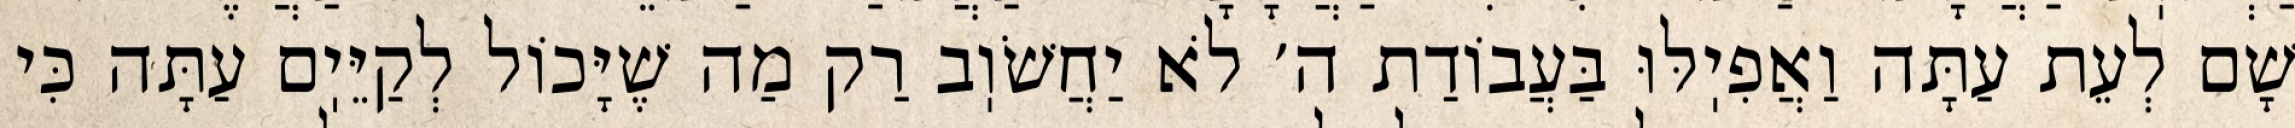
שָׁם לְעֵת עַתָּה וַאֲפִיֽלּוּ בַּעֲבוֹדַת ה׳ לֹא יַחֲשֹׁוֽב רַק מַה שֶׁיָּכוֹל לְקַיֵּיֽם עַתָּה כִּי